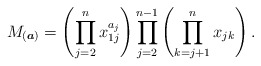
\begin{gather*} M_{({\boldsymbol{a}})} = \left( \prod_{j=2}^{n} x_{1j}^{a_{j}} \right)\prod_{j=2}^{n-1} \left( \prod_{k=j+1}^{n} x_{jk} \right) .\end{gather*}